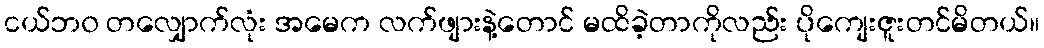
ငယ်ဘ၀ တလျှောက်လုံး အမေက လက်ဖျားနဲ့တောင် မထိခဲ့တာကိုလည်း ပိုကျေးဇူးတင်မိတယ်။